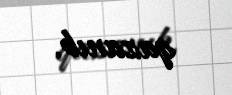
qazanıb.